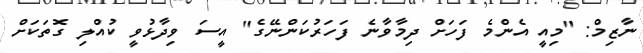
ނާޒިމް: "މިއީ އެންމެ ފަހަށް ދިމާވާނެ ފަހަރުކަންނޭގެ" އީސަ ވިދާޅުވީ ކުއްލި ގޮތަކަށް